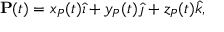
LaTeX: \mathbf { P } ( t ) = x _ { P } ( t ) { \hat { \imath } } + y _ { P } ( t ) { \hat { \jmath } } + z _ { P } ( t ) { \hat { k } } ,